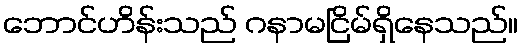
ဘောင်ဟိန်းသည် ဂနာမငြိမ်ရှိနေသည်။